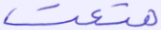
متعت